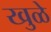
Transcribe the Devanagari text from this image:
खुळे